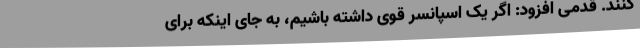
کنند. قدمی افزود: اگر یک اسپانسر قوی داشته باشیم، به جای اینکه برای